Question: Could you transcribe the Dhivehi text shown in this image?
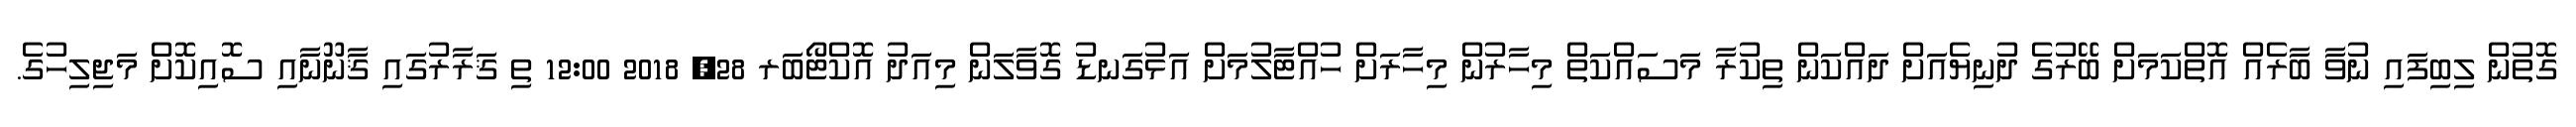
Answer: ގޮތުން ލިބިފައި ނުވާ ބާރެއް އޮތްކަމަށް ބޭރުގެ ދުނިޔެއަށް ދައްކަން ތިކުރާ މަސައްކަތް މިހާރުން މިހާރަށް ހުއްޓާލުމަށް އަޅުގަނޑު ގޮވާލަން މިއަދު އޮކްޓޯބަރ 28, 2018 12:00 ތި ޤަރާރުގައި ޤާނޫނާއި ސޮއިކޮށް މަޖިލިހުގެ.